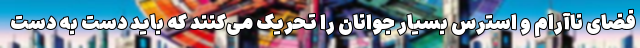
فضای ناآرام و استرس بسیار جوانان را تحریک می‌کنند که باید دست به دست